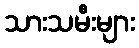
သားသမီးများ